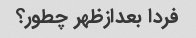
فردا بعدازظهر چطور؟